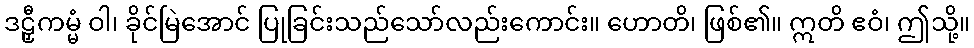
ဒဠှီကမ္မံ ဝါ၊ ခိုင်မြဲအောင် ပြုခြင်းသည်သော်လည်းကောင်း။ ဟောတိ၊ ဖြစ်၏။ ဣတိ ဧဝံ၊ ဤသို့။